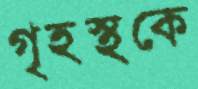
গৃহস্থকে